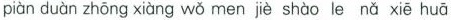
piàn duàn zhōng xiàng wǒ men jiè shào le nǎ xiē huā